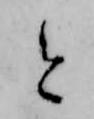
と